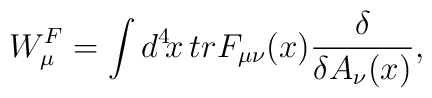
W_\mu^F = \int d^4\!x\, tr F_{\mu\nu}(x){\delta\over\delta A_\nu(x)},